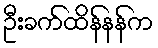
ဦးခက်ထိန်နန်က